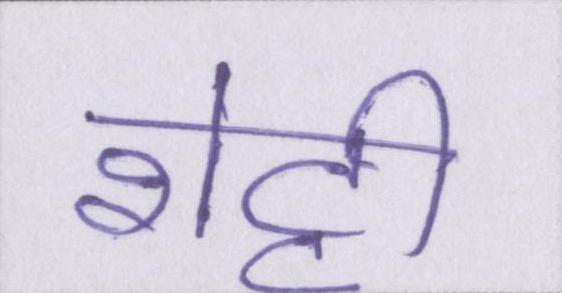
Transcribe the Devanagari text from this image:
शेट्टी